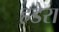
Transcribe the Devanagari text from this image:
हडेरा